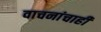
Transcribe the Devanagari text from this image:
वाचनांचाही